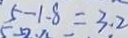
5 - 1 . 8 = 3 . 2